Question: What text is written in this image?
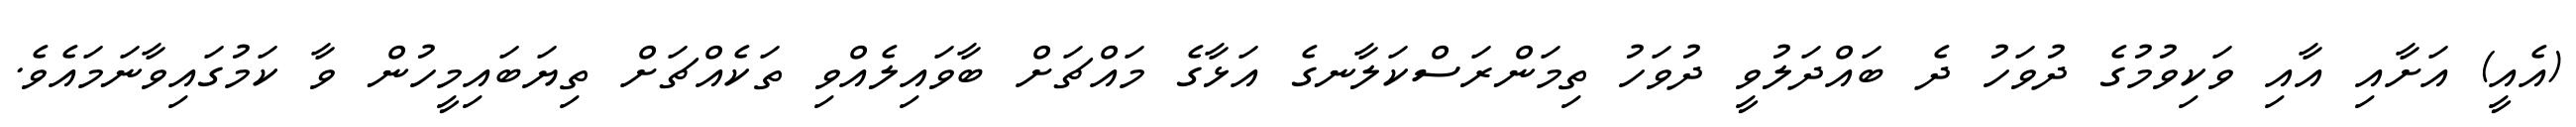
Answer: (އެއީ) އަށާއި އާއި ވަކިވުމުގެ ދުވަހު ދެ ބައްދަލުވީ ދުވަހު ތިމަންރަސްކަލާނގެ އަޅާގެ މައްޗަށް ބާވައިލެއްވި ތަކެއްޗަށް ތިޔަބައިމީހުން ވާ ކަމުގައިވާނަމައެވެ.